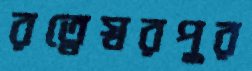
রত্নেস্বরপুর